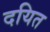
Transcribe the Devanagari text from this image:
दयित